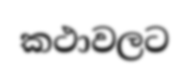
කථාවලට